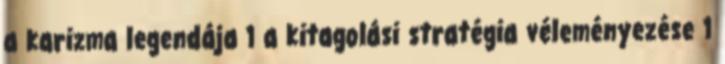
a karizma legendája 1 a kitagolási stratégia véleményezése 1